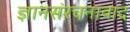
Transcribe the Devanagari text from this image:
ज्ञानसंरचनावाद